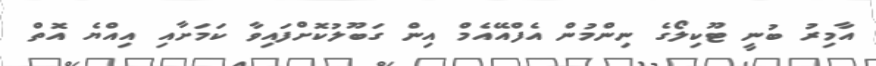
އާމިރު ބުނީ ޓޫކިލޯގެ ނިންމުން އެފްއޭއެމް އިން ގަބޫލުކޮށްފައިވާ ކަމަށާއި އިއްޔެ އޮތް